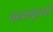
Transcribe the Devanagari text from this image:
वत्तसमुहाची